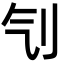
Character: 刏